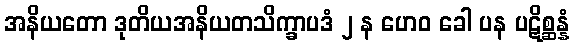
အနိယတော ဒုတိယအနိယတသိက္ခာပဒံ ၂ န ဟေဝ ခေါ ပန ပဋိစ္ဆန္နံ